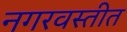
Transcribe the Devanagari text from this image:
नगरवस्तीत